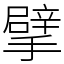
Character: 擘